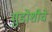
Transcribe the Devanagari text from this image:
मुडोशीचे